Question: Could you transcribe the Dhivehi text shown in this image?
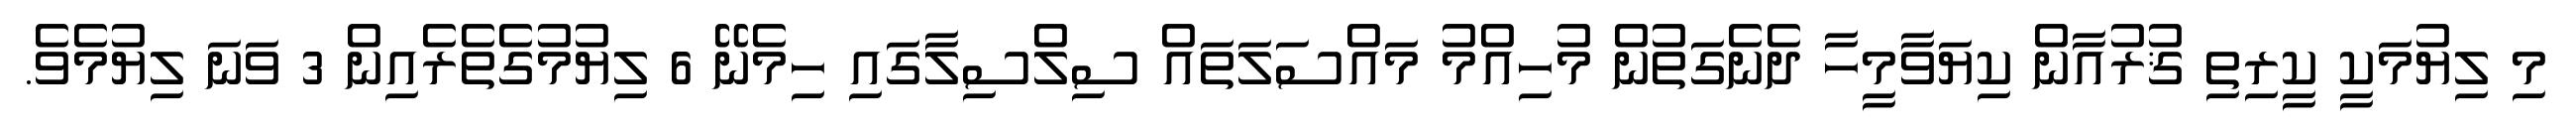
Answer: މި ލިޔުމަކީ ކީރިތި ޤުރުއާން ކިޔަވާމީހާ ދެނެގަތުން މުހިއްމު މައްސަލަތައް ސިލްސިލާގައި ހިމެނޭ 6 ލިޔުމުގެތެރެއިން 3 ވަނަ ލިޔުމެވެ.